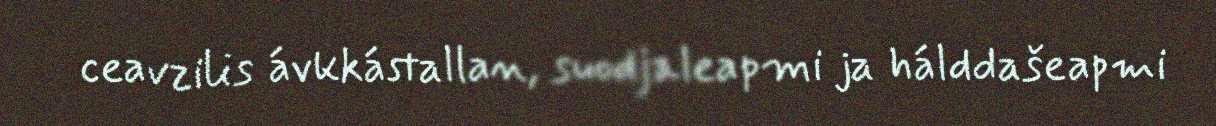
ceavzilis ávkkástallan, suodjaleapmi ja hálddašeapmi